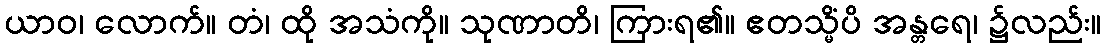
ယာဝ၊ လောက်။ တံ၊ ထို အသံကို။ သုဏာတိ၊ ကြားရ၏။ ဧတသ္မိံပိ အန္တရေ၊ ၌လည်း။